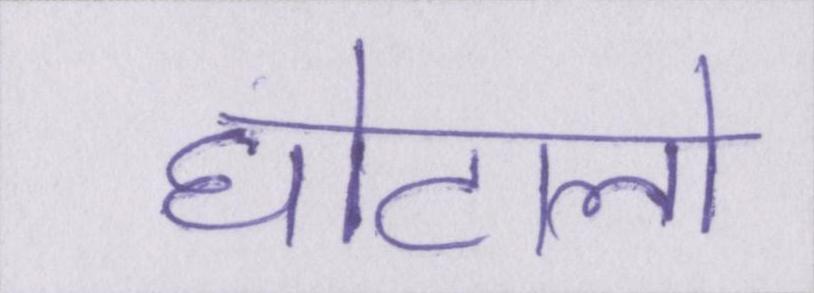
घोटालो